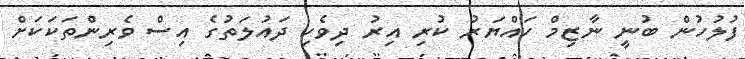
ފުލުހުން ބުނީ ނާޒިމް ހައްޔަރު ކުރި އިރު ދިވެހި ދައުލަތުގެ އިސް ވެރިންތަކަކަށް